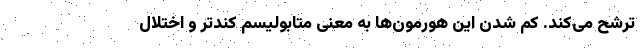
ترشح می‌کند. کم شدن این هورمون‌ها به معنی متابولیسم کندتر و اختلال